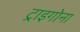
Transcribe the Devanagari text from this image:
ट्राइगोना